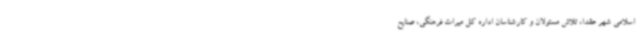
اسلامی شهر عقدا، تلاش مسئولان و کارشناسان اداره کل میراث فرهنگی، صنایع